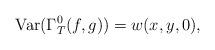
LaTeX: \begin{align*}\textup{Var}(\Gamma_{T}^0(f,g)) = w(x,y,0),\end{align*}